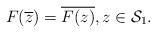
LaTeX: \begin{align*}F(\overline{z})=\overline{F(z)},z\in\mathcal{S}_{1}.\end{align*}